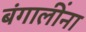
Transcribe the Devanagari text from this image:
बंगालींना